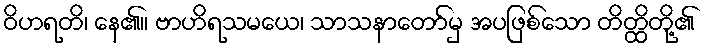
ဝိဟရတိ၊ နေ၏။ ဗာဟိရသမယေ၊ သာသနာတော်မှ အပဖြစ်သော တိတ္ထိတို့၏